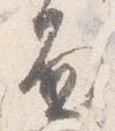
面